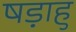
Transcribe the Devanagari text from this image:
षड़ाहु